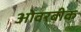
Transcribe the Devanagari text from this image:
ओवरबीक